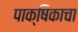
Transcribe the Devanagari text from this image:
पाक्षिकाचा